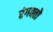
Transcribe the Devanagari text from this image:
रंगवतो